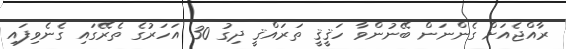
ރާއްޖެއަށް ގެންނަން ބޭނުންވާ ހަޤީޤީ ތަރައްޤީ ދިގު 30 އަހަރުގެ ތެރޭގައި ގެނެވިފައި